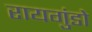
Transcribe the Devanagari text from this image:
रायगुंडो